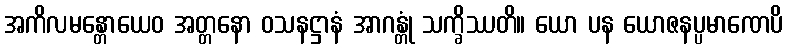
အကိလမန္တောယေဝ အတ္တနော ဝသနဋ္ဌာနံ အာဂန္တုံ သက္ခိဿတိ။ ယော ပန ယောဇနပ္ပမာဏေပိ